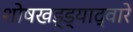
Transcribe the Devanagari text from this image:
शोषखड्ड्याद्वारे